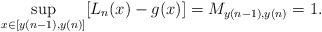
LaTeX: \begin{align*}\sup_{x \in [y(n-1), y(n)]} [L_n(x) - g(x)] = M_{y(n-1), y(n)} = 1. \end{align*}